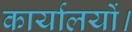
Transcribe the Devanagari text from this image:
कार्यालयों।